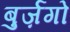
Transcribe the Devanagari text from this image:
बुर्ज़गो